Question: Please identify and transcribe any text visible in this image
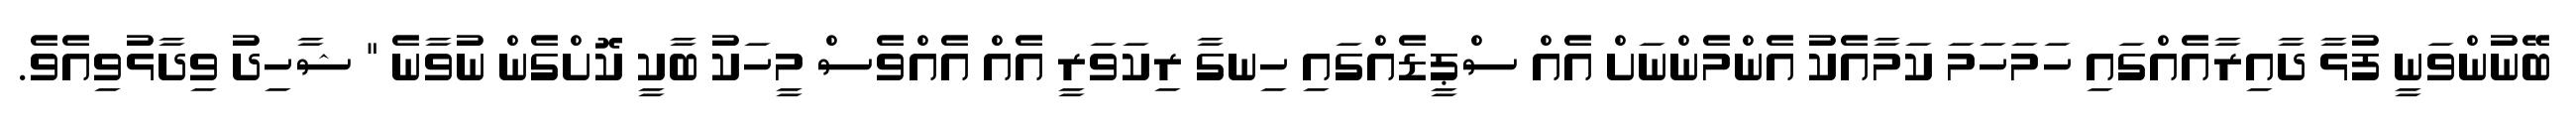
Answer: ބޭނުންވަނީ ފުޅާ ދާއިރާއެއްގައި ހަމަހަމަ ކަމާއެކު އެންމެންނަށް އެއް ސްޕީޑެއްގައި ހިނގާ ރިކަވަރީ އެއް އެއްވެސް މީހަކު ބާކީ ކޮށްގެން ނުވާނެ " ޝާހިދު ވިދާޅުވިއެވެ.